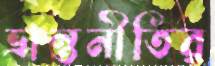
ভ্রান্তনীতির